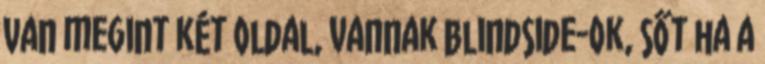
van megint két oldal, vannak blindside-ok, sőt ha a